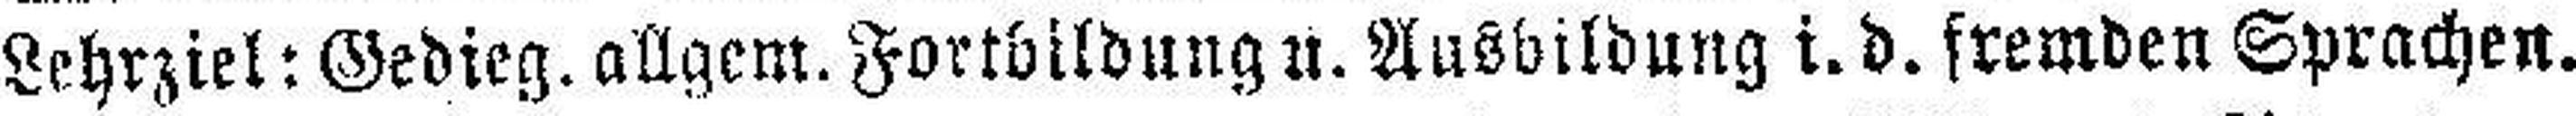
Lehrziel: Gedieg. allgem. Fortbildung u. Ausbildung i. d. fremden Sprachen.